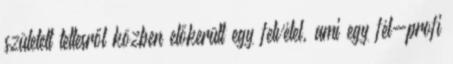
született tettesről közben előkerült egy felvétel, ami egy fél-profi